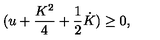
( u + { \frac { K ^ { 2 } } { 4 } } + { \frac { 1 } { 2 } } \dot { K } ) \geq 0 ,